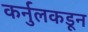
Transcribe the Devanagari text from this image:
कर्नुलकडून